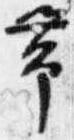
帯